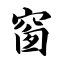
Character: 窗